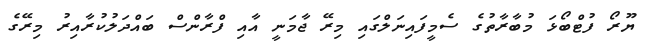
ޔޫރޯ ފުޓްބޯޅަ މުބާރާތުގެ ސެމީފައިނަލްގައި މިރޭ ޖާމަނީ އާއި ފްރާންސް ބައްދަލުކުރާއިރު މިރޭގެ